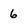
Character: 6